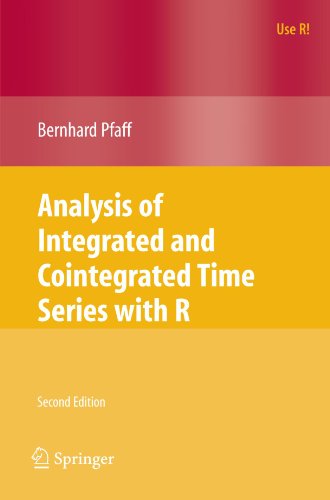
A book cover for Analysis of Integrated and Cointegrated Time Series with R (Use R!); Bernhard Pfaff; Business & Money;